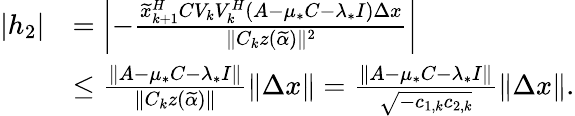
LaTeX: \begin{array}{rl}{|h_{2}|}&{=\left|-\frac{\widetilde{x}_{k+1}^{H}CV_{k}V_{k}^{H}(A-\mu_{*}C-\lambda_{*}I)\Delta x}{\| C_{k}z(\widetilde{\alpha})\| ^{2}}\right|}\\ &{\leq\frac{\| A-\mu_{*}C-\lambda_{*}I\| }{\| C_{k}z(\widetilde{\alpha})\| }\| \Delta x\| =\frac{\| A-\mu_{*}C-\lambda_{*}I\| }{\sqrt{-c_{1,k}c_{2,k}}}\| \Delta x\| .}\end{array}